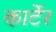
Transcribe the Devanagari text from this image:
कार्टेर